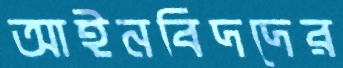
আইনবিদদের